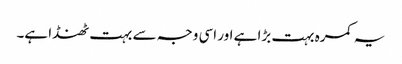
یہ کمرہ بہت بڑا ہے اور اسی وجہ سے بہت ٹھنڈا ہے۔